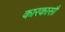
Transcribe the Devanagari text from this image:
कारकासौं